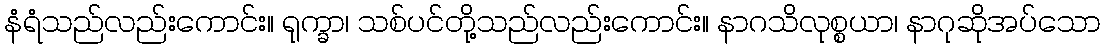
နံရံသည်လည်းကောင်း။ ရုက္ခာ၊ သစ်ပင်တို့သည်လည်းကောင်း။ နာဂသိလုစ္စယာ၊ နာဂုဆိုအပ်သော